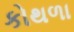
કોથળા